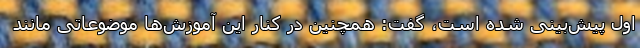
اول پیش‌بینی شده است، گفت: همچنین در کنار این آموزش‌ها موضوعاتی مانند